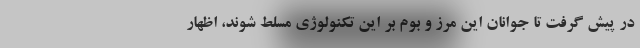
در پیش گرفت تا جوانان این مرز و بوم بر این تکنولوژی مسلط شوند، اظهار